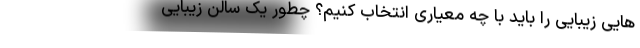
هایی زیبایی را باید با چه معیاری انتخاب کنیم؟ چطور یک سالن زیبایی